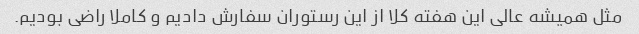
مثل همیشه عالی این هفته کلا از این رستوران سفارش دادیم و کاملا راضی بودیم.